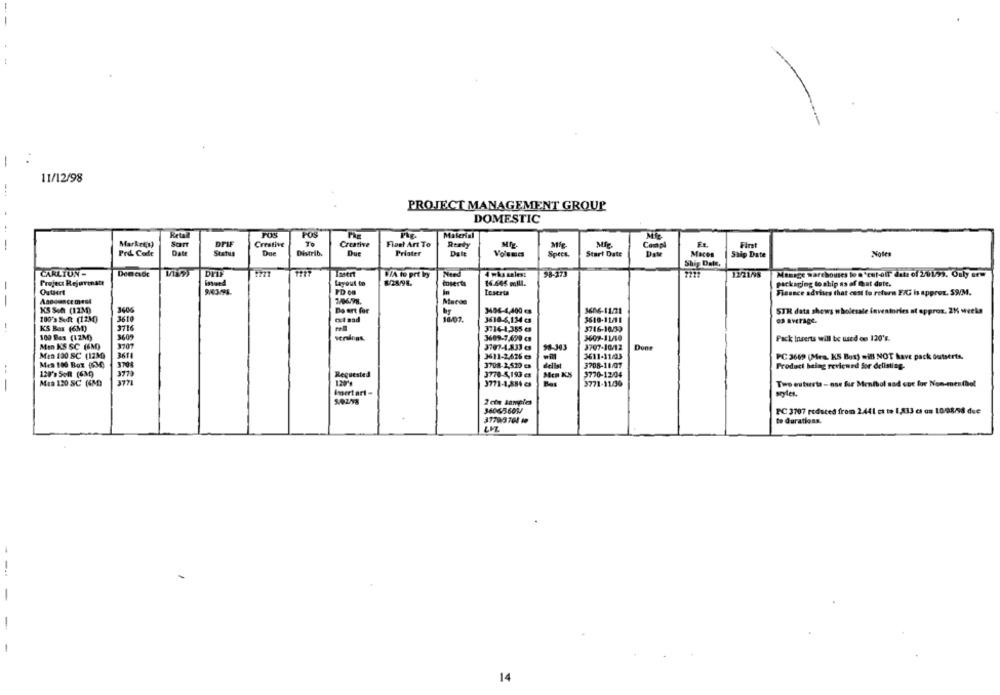
-
11/12/98
PROJECT MANAGEMENT GROUP
DOMESTIC
Retall
FOS
Material
DFIF
Creative
To
Creative
Fleet Art To
Mip.
FE
First
-
Market(s)
Rtety
Como
Prd Code
Date
Status
Distrib.
Que
Priater
Date
Volumes
Spres.
Start Date
Maces
Ship Date
Notes
Ship Date.
CARLTON-
Imert
VIA to prt by
Need
4 wks sales:
98-373
1221/98
Manage warehouses to n'est-oll" date of 20153. Only sew
Project Rejarenatt
inond
Layout to
628/96.
inserta
16.665 mlll.
Packaging lo ship as of @at dute.
In
Inserts
Finance advises that cost to return E/G is approx. 59/M.
7/06/98.
--
Aanden ce mest
KS Son (12M)
1406
Da ert for
by
3406-4,400 es
1606-11/21
STR data shows wholesale inventories at approx. 215 weeks
100'> Se (12M)
3610
ci sad
10.07
3610-6,134 es
3610-11/11
1
3716
K'S Box (63)
3714-1,355 es
3716-10.33
100 Bas (12M)
3609-7,690 cm
3609-11/10
Pack Inserts will be used de 120's.
Men KS SC (6M)
3707
3707-4.833 es
98-303
3707-10/12
Door
MED 190 SC (13M)
3611-2,626 es
3611-11/03
PC 3669 (Mea. KS Box) will NOT have pack outserts.
Mes 100 Box (634
3708-2,520 es
dellat
3708-11/07
Product being reviewed for delisting.
120'> Som (6M)
Requested
3770-5,193 es
9770-12/04
3771-1,884 es
Two esturta - ost fur Menthol sad coc for Non-mesthol
-
MED 120 SC (4ND
3771-11/30
Imertari -
seyles.
2 cie samples
36065-603/
PC 3707 reduced from 2.441 ct to 1,833 es os 10:08/98 due
37793704 10
to durations.
---
14